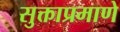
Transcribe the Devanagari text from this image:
सुक्ताप्रमाणे